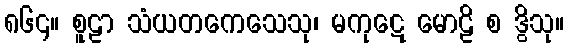
၈၆၄။ စူဠာ သံယတကေသေသု၊ မကုဋေ မောဠိ စ ဒွိသု။